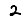
Digit: 2